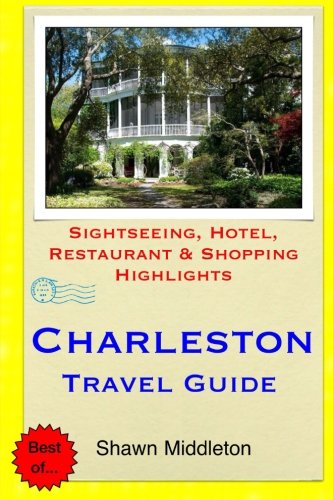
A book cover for Charleston Travel Guide: Sightseeing, Hotel, Restaurant & Shopping Highlights; Shawn Middleton; Travel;